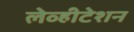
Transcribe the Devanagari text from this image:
लेव्हीटेशन